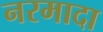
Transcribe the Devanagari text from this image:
नरमादा